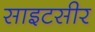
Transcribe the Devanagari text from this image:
साइटसीर